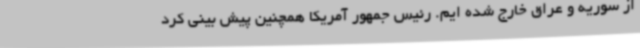
از سوریه و عراق خارج شده ایم. رئیس جمهور آمریکا همچنین پیش بینی کرد